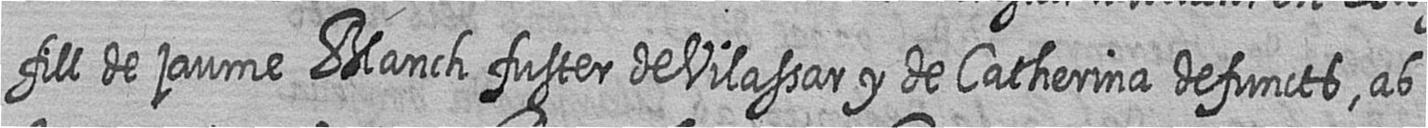
fill de jaume Blanch fuster de Vilassar y de Catherina defuncts ab